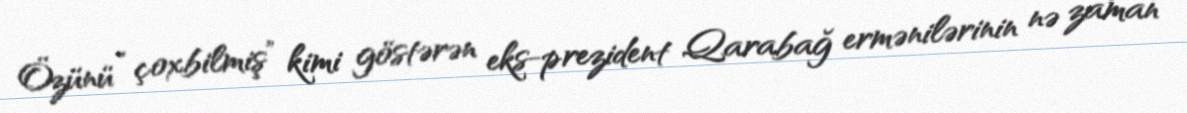
Özünü “çoxbilmiş” kimi göstərən eks-prezident Qarabağ ermənilərinin nə zaman